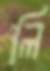
লি